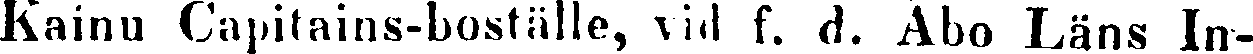
Kainu Capitains-boställe, vid f. d. Abo Läns In-